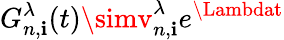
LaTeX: G_{n,\mathbf{i}}^{\lambda}(t)\simv_{n,\mathbf{i}}^{\lambda}e^{\Lambdat}